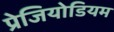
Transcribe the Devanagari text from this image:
प्रेजियोडियम